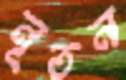
নূতন